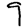
Digit: 9